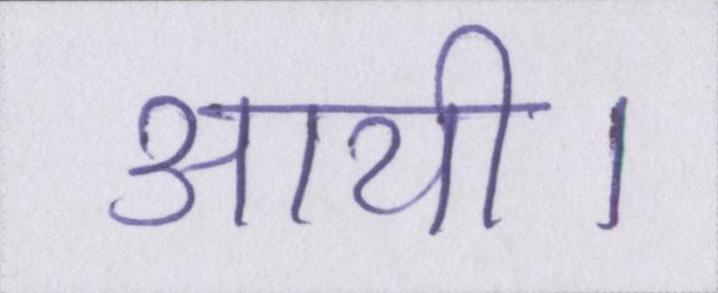
आयी।